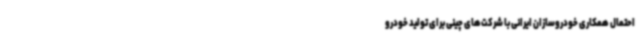
احتمال همکاری خودروسازان ایرانی با شرکت‌های چینی برای تولید خودرو